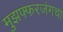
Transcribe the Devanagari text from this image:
मुझफ्फरजंगचा